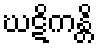
ဃဋိကန္တိ